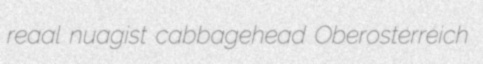
reaal nuagist cabbagehead Oberosterreich